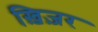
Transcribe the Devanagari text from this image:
ख़िज़र